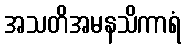
အသတိအမနသိကာရံ